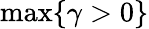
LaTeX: \operatorname*{max}\{ \gamma>0\}